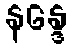
နန္ဒေ